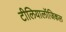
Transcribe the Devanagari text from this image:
टीलियालॉजिकल